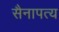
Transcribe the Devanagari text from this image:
सैनापत्य